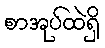
စာအုပ်ထဲရှိ